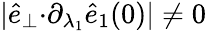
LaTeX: \vert\hat{e}_{\perp}{\cdot}\partial_{\lambda_{1}}\hat{e}_{1}(0)\vert\neq 0